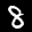
Label: 8